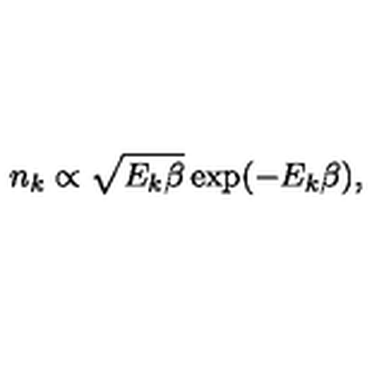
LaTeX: n _ { k } \propto \sqrt { E _ { k } \beta } \exp ( - E _ { k } \beta ) ,